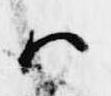
ハ